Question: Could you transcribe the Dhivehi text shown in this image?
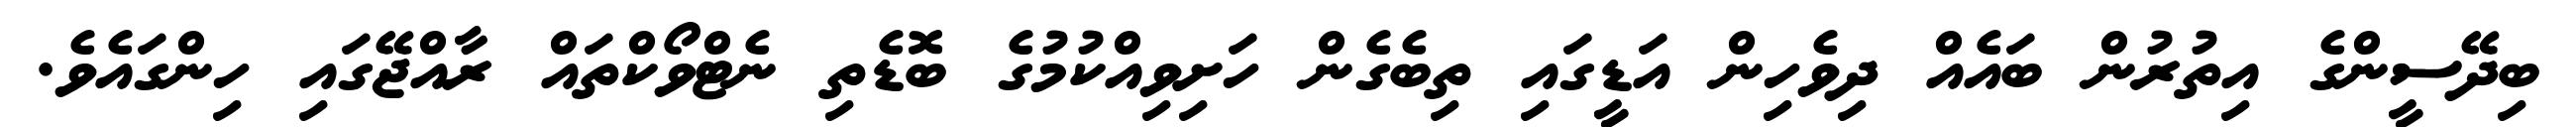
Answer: ބިދޭސީންގެ އިތުރުން ބައެއް ދިވެހިން އަޑީގައި ތިބެގެން ހަށިވިއްކުމުގެ ބޮޑެތި ނެޓްވޯކްތައް ރާއްޖޭގައި ހިންގައެވެ.